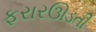
ફરારઊડતી